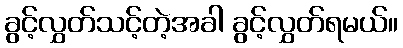
ခွင့်လွှတ်သင့်တဲ့အခါ ခွင့်လွှတ်ရမယ်။